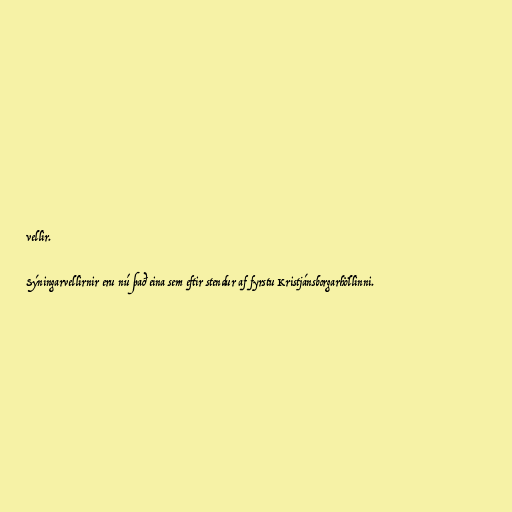
vellir.

Sýningarvellirnir eru nú það eina sem eftir stendur af fyrstu Kristjánsborgarhöllinni.